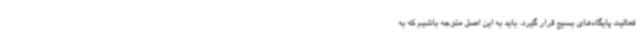
فعالیت پایگاه‌های بسیج قرار گیرد. باید به این اصل متوجه باشیم که به